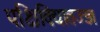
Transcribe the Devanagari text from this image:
पक्षिविद्यातज्ज्ञ